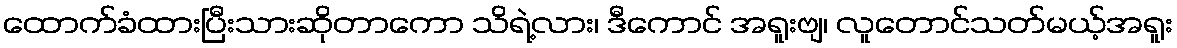
ထောက်ခံထားပြီးသားဆိုတာကော သိရဲ့လား၊ ဒီကောင် အရူးဗျ၊ လူတောင်သတ်မယ့်အရူး